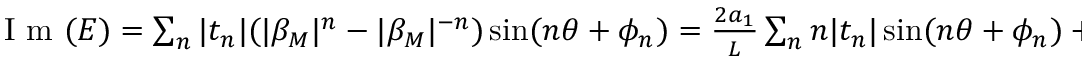
\begin{array} { r } { \mathrm { ~ I ~ m ~ } ( E ) = \sum _ { n } | t _ { n } | ( | \beta _ { M } | ^ { n } - | \beta _ { M } | ^ { - n } ) \sin ( n \theta + \phi _ { n } ) = \frac { 2 a _ { 1 } } { L } \sum _ { n } n | t _ { n } | \sin ( n \theta + \phi _ { n } ) + O ( \frac { 1 } { L ^ { 2 } } ) = 0 , } \end{array}